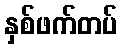
နှစ်ဖက်တပ်